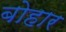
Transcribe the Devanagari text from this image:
बोहार